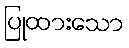
ပြုထားသော